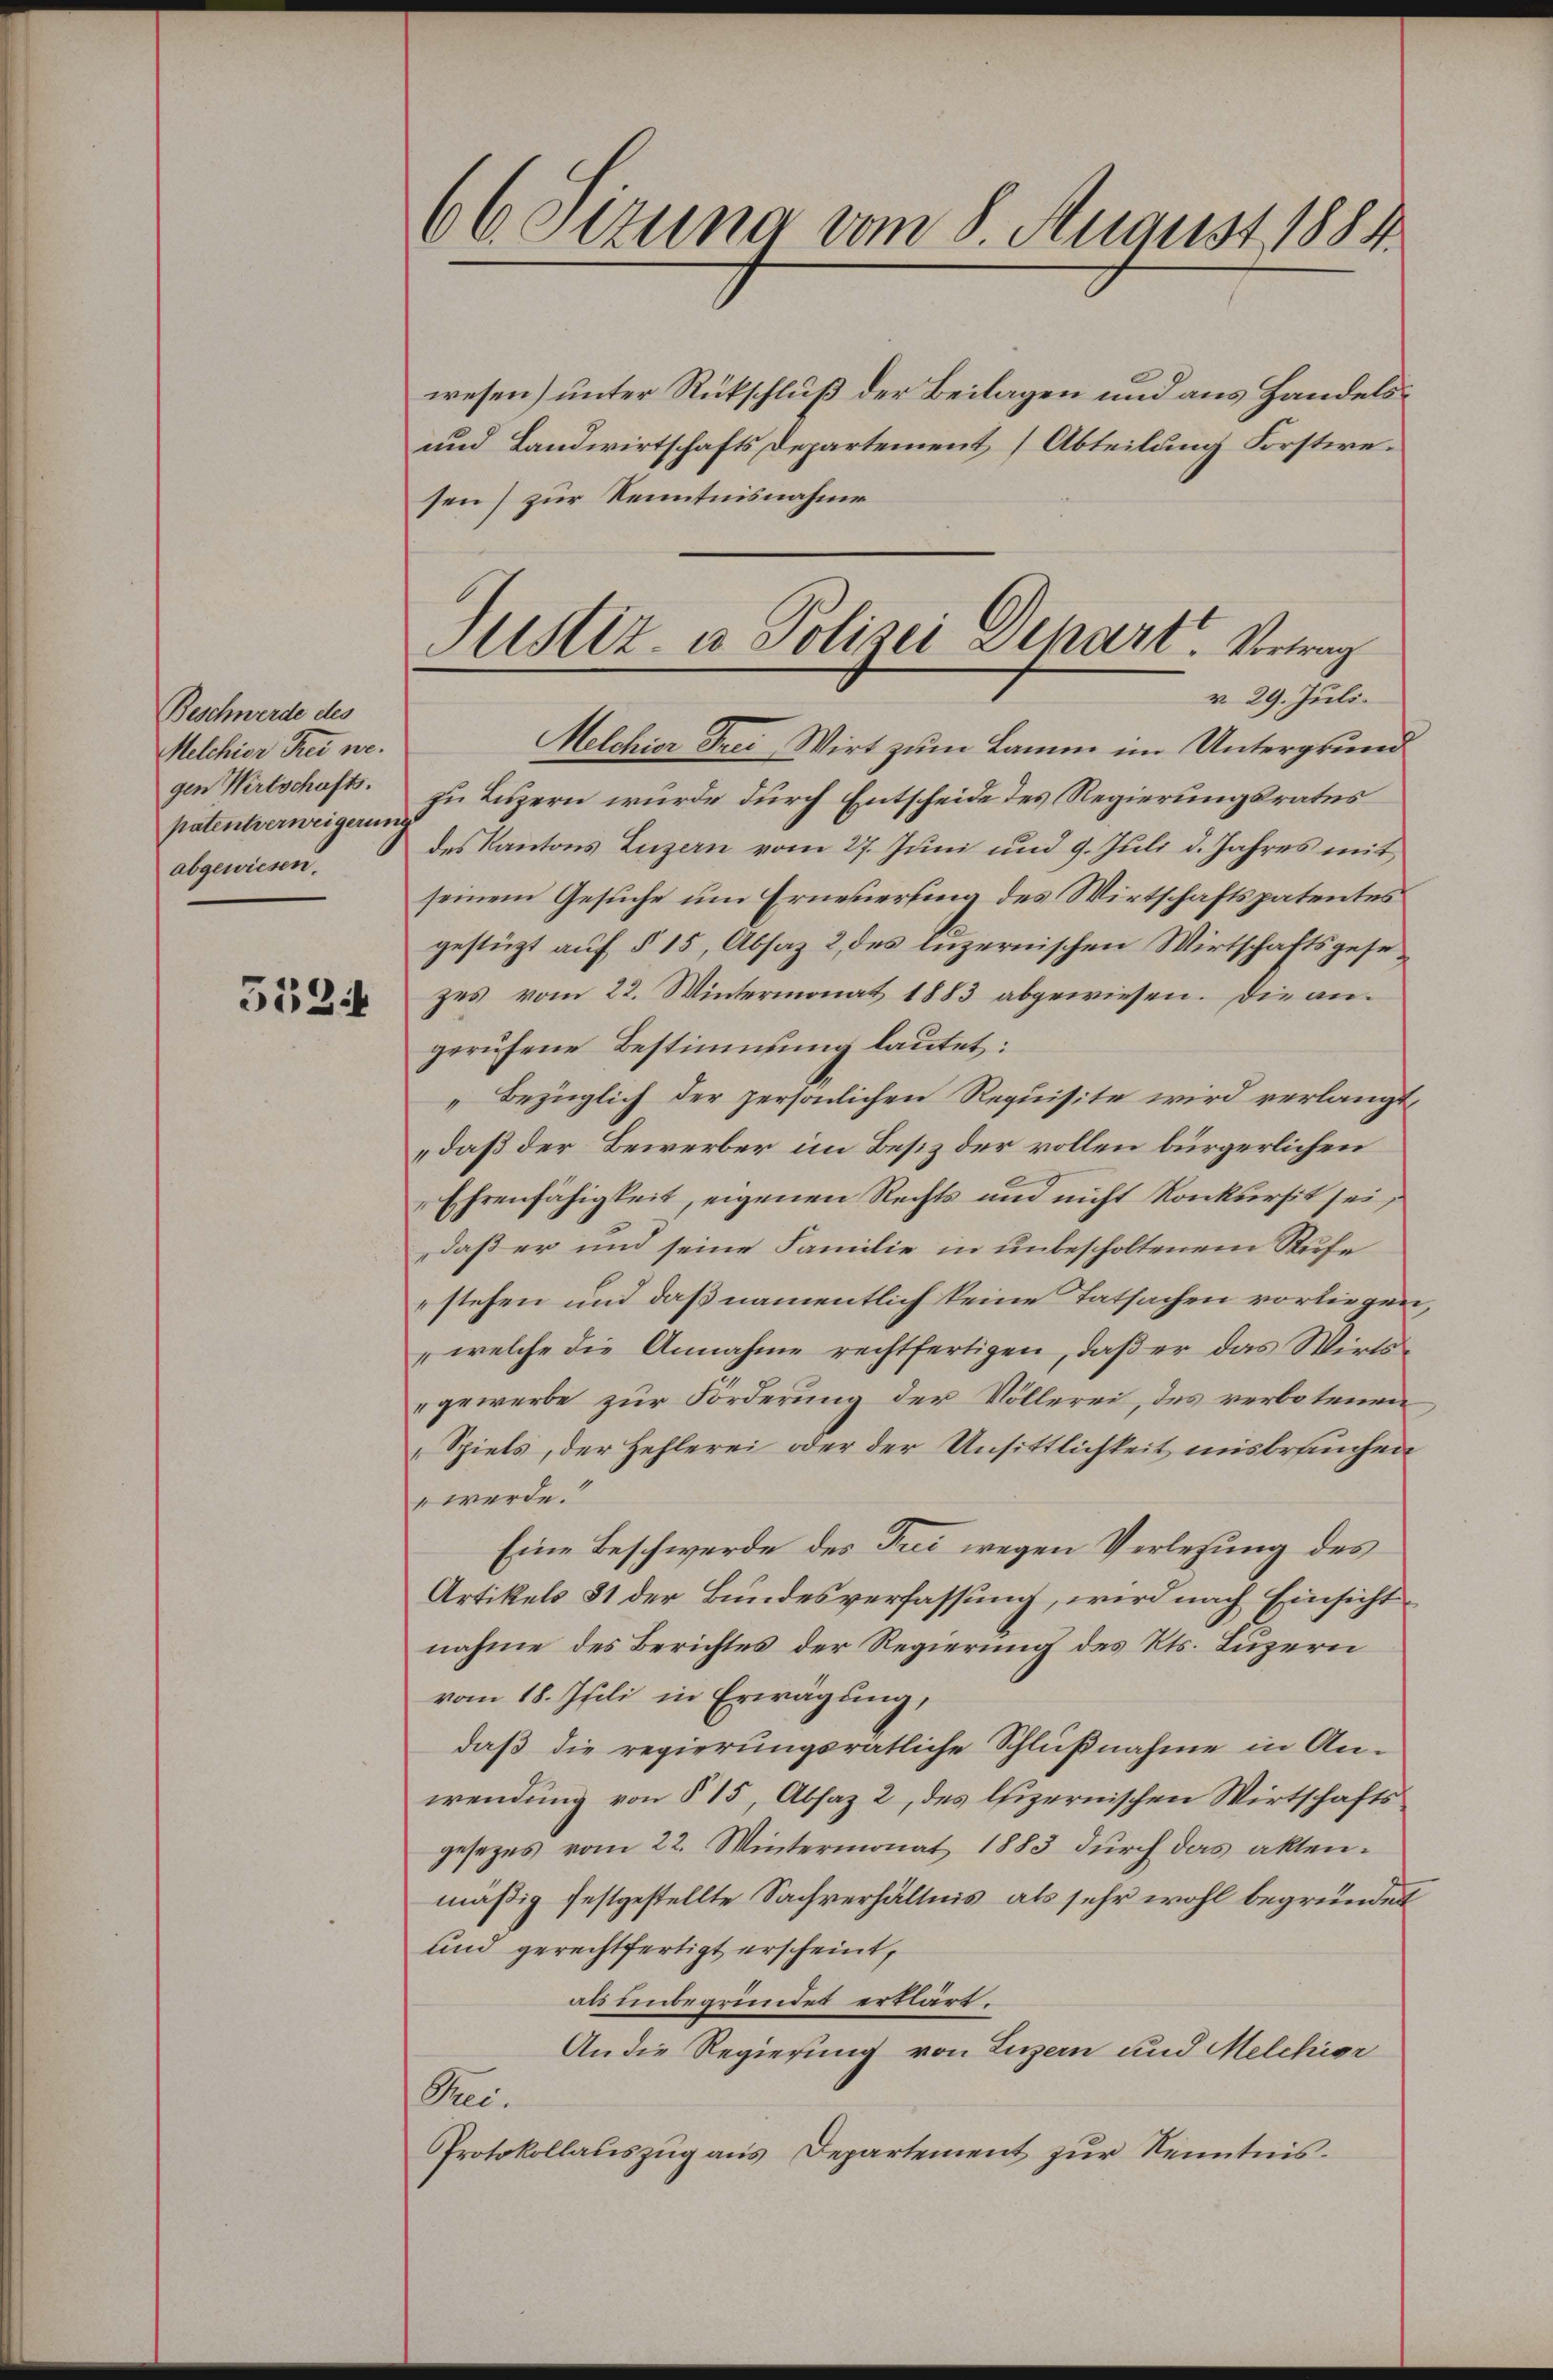
Beschwerde des
Melchior Frei we
gen Wirtschafts.
patentverweigerun
abgewiesen.

5534

66 sezung vom 8. August 1884

Justiz- u Polizei Depart. Vertrag
v. 29. Juli.

wesen) unter Rückschluß der Beilagen und aus Handels¬
und Landwirtschafts Departement (Abteilung Forstwesen) zur Kenntnisnahme
Melchior Frei Wirt zum Lamm im Untergrund
zu Luzern wurde durch Entscheide des Regierungsratus
des Kantons Luzern vom 27. Juni und 9. Juli d. Jahres mit
seinem Gesuche um Erneuerung des Wirtschaftspatentes
gestüzt auf § 15, Absaz 2 des luzernischen Wirtschaftsgesezes vom 22. Wintermonat 1883 abgewiesen. Die angerufene Bestimmung lautet:
Bezüglich der persönlichen Requisite wird verlangt,
„daß der Bewerber im Besiz der vollen bürgerlichen
Ehrenfähigkeit, eigenen Rechts und nicht Konkursit sei,
daß er und seine Familie in unbescholtenem Rufe
stehen und daß namentlich keine Tatsachen vorliegen
„welche die Annahme rechtfertigen, daß er das Wirts
gewerbe zur Forderung der Völlerei, des verbotenen
Spiels, der Hehlerei oder der Unsittlichkeit misbrauchen
" werde.
Eine Beschwerde des Frei wegen Verlesung des
Artikels 81 der Bundesverfassung, wird nach Einsicht
nahme des Berichtes der Regierung des Kts. Luzern
vom 18. Juli in Erwägung,
daß die regierungsrätliche Schlußnahme in An-
wendung von § 15, Absaz 2, des lfizernischen Wirtschafts
gesezes vom 22. Wintermonat 1883 durch das aktenmäßig festgestellte Sachverhältnis als sehr wohl begründet
und gerechtfertigt erscheint,
als unbegründet erklärt.
An die Regierung von Luzern und Melchior
Bei.
Protokollauszug aus Departement zŭr Kenntnis.